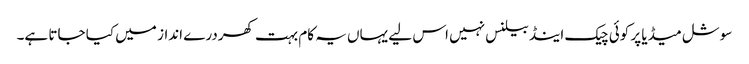
سوشل میڈیا پر کوئی چیک اینڈ بیلنس نہیں اس لیے یہاں یہ کام بہت کھردرے انداز میں کیا جاتا ہے۔